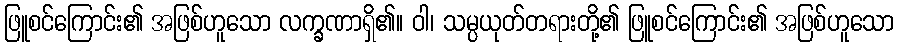
ဖြူစင်ကြောင်း၏ အဖြစ်ဟူသော လက္ခဏာရှိ၏။ ဝါ၊ သမ္ပယုတ်တရားတို့၏ ဖြူစင်ကြောင်း၏ အဖြစ်ဟူသော